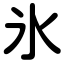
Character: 氷